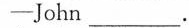
-John___.